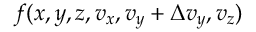
f ( x , y , z , v _ { x } , v _ { y } + \Delta v _ { y } , v _ { z } )